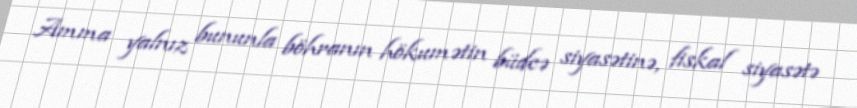
Amma yalnız bununla böhranın hökumətin büdcə siyasətinə, fiskal siyasətə